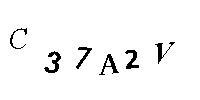
C37A2V